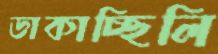
ডাকাচ্ছিলি